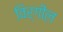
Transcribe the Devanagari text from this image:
विर्गील